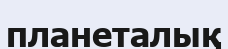
планеталық